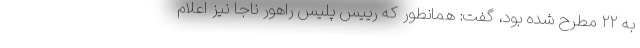
به ۲۲ مطرح شده بود، گفت: همانطور که رییس پلیس راهور ناجا نیز اعلام